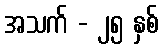
အသက် - ၂၅ နှစ်